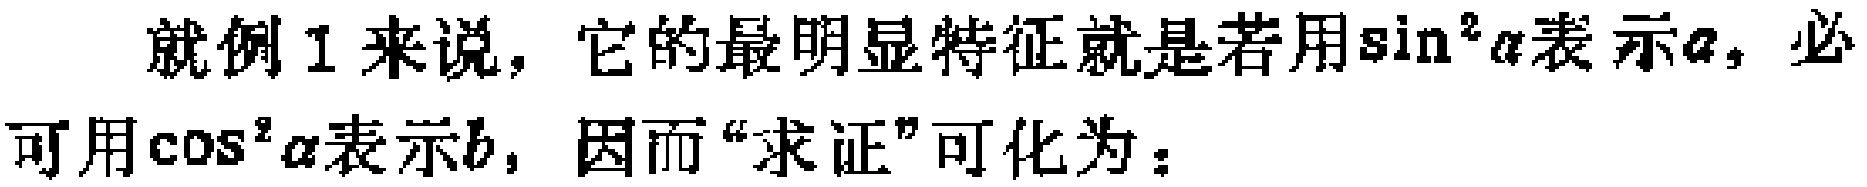
就例 1 来说，它的最明显特征就是若用\(\sin^{2}\alpha\)表示\(a\)，必可用\(\cos^{2}\alpha\)表示\(b\)，因而“求证”可化为：